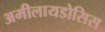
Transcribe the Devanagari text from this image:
अमीलायडोसिस